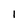
Character: 1